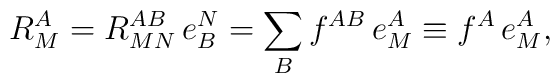
R^A_M= R^{AB}_{MN}\, e^N_B = \sum_B f^{AB} \, e_M^A \equiv f^A \, e^A_M,